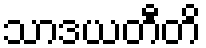
သာဒယတီတိ